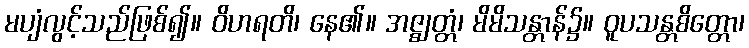
မပျံလွင့်သည်ဖြစ်၍။ ဝိဟရတိ၊ နေ၏။ အဇ္ဈတ္တံ၊ မိမိသန္တာန်၌။ ဝူပသန္တစိတ္တော၊